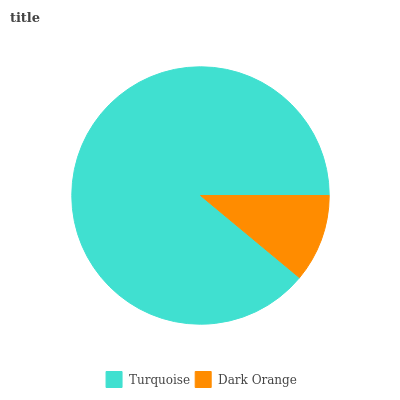
| Turquoise | Dark Orange |
 | --- | --- |
 | 89% | 11% |